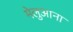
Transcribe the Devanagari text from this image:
मेलुआना